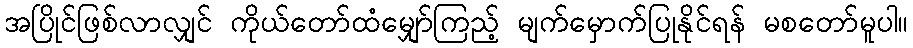
အပြိုင်ဖြစ်လာလျှင် ကိုယ်တော်ထံမျှော်ကြည့် မျက်မှောက်ပြုနိုင်ရန် မစတော်မူပါ။